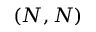
( N , N )